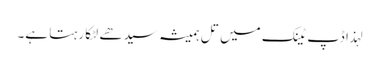
لہذا ڈپ ٹینک میں تل ہمیشہ سیدھے لٹکا رہتا ہے۔